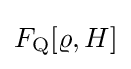
F_{\rm {Q}}[\varrho ,H]